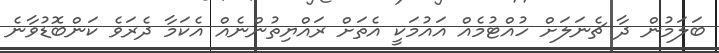
ބަލަމުން ދާ ޗެނަލަށް ހުއްޓުމެއް އައުމަކީ އެތަށް ރައްޔިތުންނެއް އެކަމާ ދެރަވެ ކަންބޮޑުވާނެ